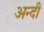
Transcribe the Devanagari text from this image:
अन्दी